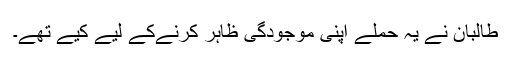
طالبان نے یہ حملے اپنی موجودگی ظاہر کرنےکے لیے کیے تھے۔